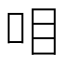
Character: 𰇏